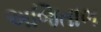
અજિતાભ